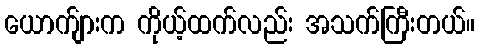
ယောက်ျားက ကိုယ့်ထက်လည်း အသက်ကြီးတယ်။